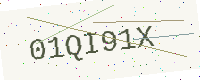
Text: 01QI91X